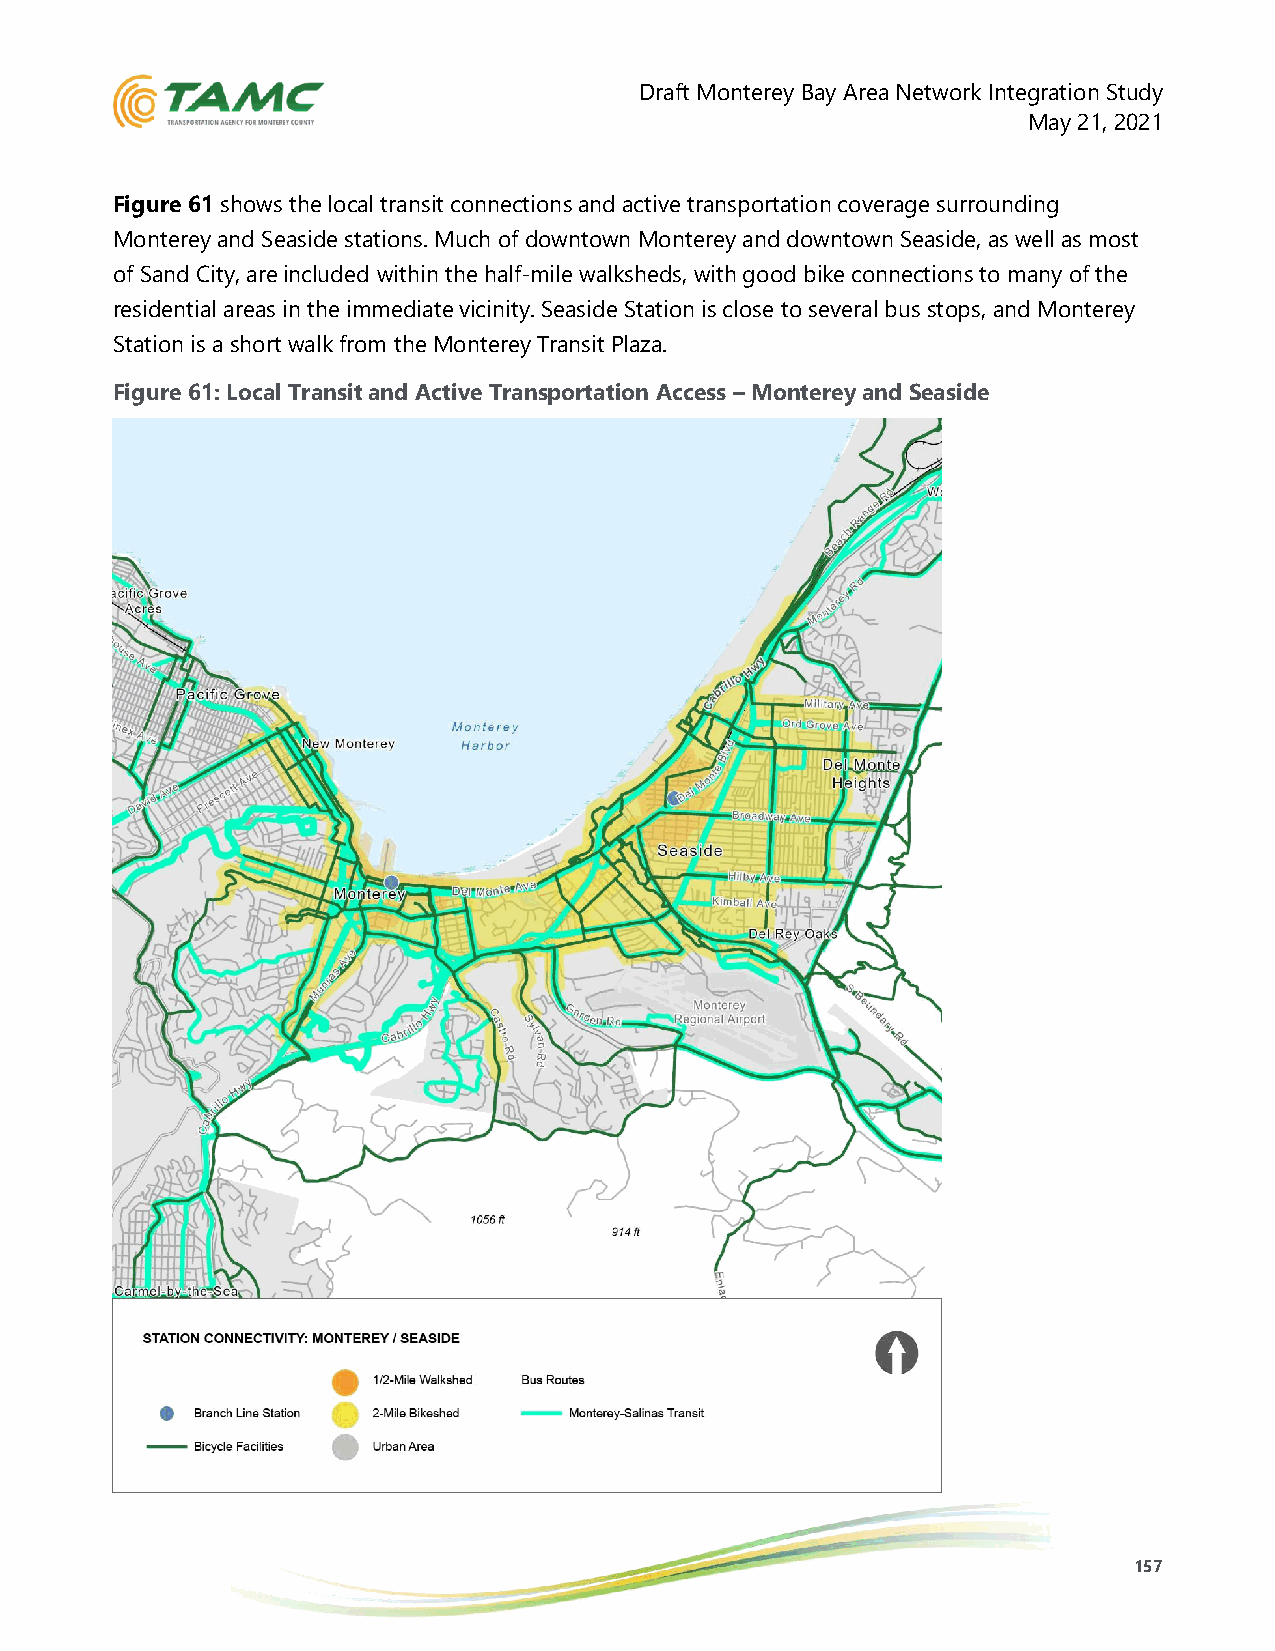
Draft Monterey Bay Area Network Integration Study
 May 21, 2021
 Figure 61 shows the local transit connections and active transportation coverage surrounding
 Monterey and Seaside stations. Much of downtown Monterey and downtown Seaside, as well as most
 of Sand City, are included within the half-mile walksheds, with good bike connections to many of the
 residential areas in the immediate vicinity. Seaside Station is close to several bus stops, and Monterey
 Station is a short walk from the Monterey Transit Plaza.
 Figure 61: Local Transit and Active Transportation Access – Monterey and Seaside
 157